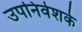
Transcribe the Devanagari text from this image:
उपनिवेशके